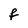
Character: f